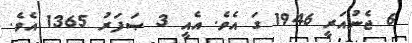
6 ޖެނުއަރީ 1946 ގަ އެވެ. އެއީ 3 ޞަފަރު 1365 އެވެ.